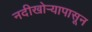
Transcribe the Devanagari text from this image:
नदीखोर्‍यापासून